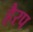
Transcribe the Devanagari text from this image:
हैरप